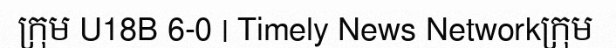
ក្រុម U18B 6-0 | Timely News Networkក្រុម